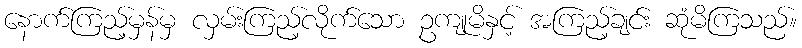
နောက်ကြည့်မှန်မှ လှမ်းကြည့်လိုက်သော ဥကျုမိနှင့် အကြည့်ချင်း ဆုံမိကြသည်။